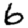
Digit: 6